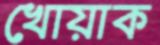
খোয়াক